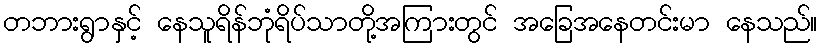
တဘားရွာနှင့် နေသူရိန်ဘုံရိပ်သာတို့အကြားတွင် အခြေအနေတင်းမာ နေသည်။